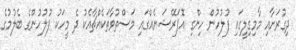
ދިގުރަށާއި މާމިގިލީގައި ފުލުހުން ހިންގި އޮޕަރޭޝަނެއްގައި މަސްތުވާތަކެއްޗާއެކު ދެ މީހަކު ފުލުހުންގެ ބެލުމުގެ